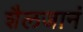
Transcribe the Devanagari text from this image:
शैलजानं